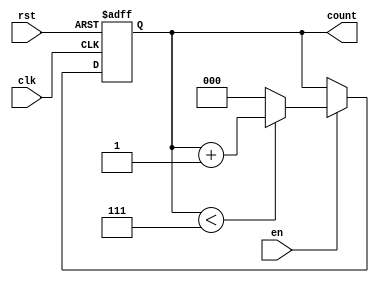
module binary_up_counter (
    input wire clk,      // Clock input
    input wire rst,      // Asynchronous reset input
    input wire en,       // Enable input
    output reg [N-1:0] count // Count output (N-bit wide)
);
    parameter N = 3; // Define the number of bits for the counter (3-bit counter)

    // Maximum count value for N bits
    localparam MAX_COUNT = (1 << N) - 1;

    // Always block for sequential logic
    always @(posedge clk or posedge rst) begin
        if (rst) begin
            count <= 0; // Reset count to 0
        end else if (en) begin
            if (count < MAX_COUNT) begin
                count <= count + 1; // Increment count
            end else begin
                count <= 0; // Wrap around to 0
            end
        end
    end
endmodule